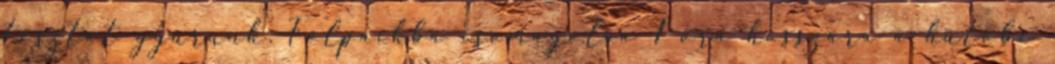
tésztát gyúrunk. Folpackba csomagolva 1 óra hosszára a hűtőbe